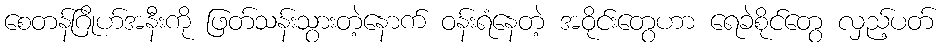
စေတန်ဂြိုဟ်အနီးကို ဖြတ်သန်းသွားတဲ့နောက် ဝန်းရံနေတဲ့ အဝိုင်းတွေဟာ ရေခဲစိုင်တွေ လှည့်ပတ်